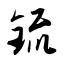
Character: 锍